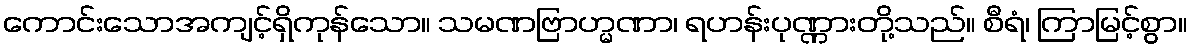
ကောင်းသောအကျင့်ရှိကုန်သော။ သမဏဗြာဟ္မဏာ၊ ရဟန်းပုဏ္ဏားတို့သည်။ စီရံ၊ ကြာမြင့်စွာ။